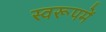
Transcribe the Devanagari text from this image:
स्वरूपमें